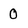
Character: 0